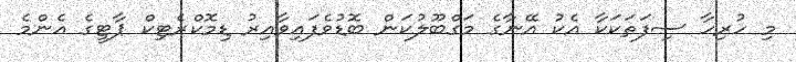
މި ހުރިހާ ސިފަތަކަކާ އެކު އޭނާގެ މަގްބޫލުކަން ބޮޑުވެފައިވާއިރު ޑިމޮކްރެޓިކް ޕާޓީގެ އެންމެ